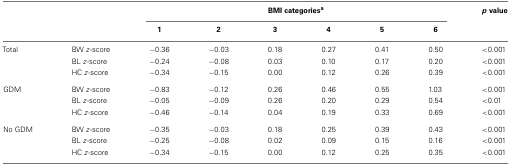
<table><thead><tr><td></td><td></td><td colspan="6"><b>BMI categories<sup>a</sup></b></td><td><b><i>p</i> value</b></td></tr><tr><td></td><td></td><td><b>1</b></td><td><b>2</b></td><td><b>3</b></td><td><b>4</b></td><td><b>5</b></td><td><b>6</b></td><td></td></tr></thead><tbody><tr><td>Total</td><td>BW <i>z</i>-score</td><td>−0.36</td><td>−0.03</td><td>0.18</td><td>0.27</td><td>0.41</td><td>0.50</td><td>&lt;0.001</td></tr><tr><td></td><td>BL <i>z</i>-score</td><td>−0.24</td><td>−0.08</td><td>0.03</td><td>0.10</td><td>0.17</td><td>0.20</td><td>&lt;0.001</td></tr><tr><td></td><td>HC <i>z</i>-score</td><td>−0.34</td><td>−0.15</td><td>0.00</td><td>0.12</td><td>0.26</td><td>0.39</td><td>&lt;0.001</td></tr><tr><td>GDM</td><td>BW <i>z</i>-score</td><td>−0.83</td><td>−0.12</td><td>0.26</td><td>0.46</td><td>0.55</td><td>1.03</td><td>&lt;0.001</td></tr><tr><td></td><td>BL <i>z</i>-score</td><td>−0.05</td><td>−0.09</td><td>0.26</td><td>0.20</td><td>0.29</td><td>0.54</td><td>&lt;0.01</td></tr><tr><td></td><td>HC <i>z</i>-score</td><td>−0.46</td><td>−0.14</td><td>0.04</td><td>0.19</td><td>0.33</td><td>0.69</td><td>&lt;0.001</td></tr><tr><td>No GDM</td><td>BW <i>z</i>-score</td><td>−0.35</td><td>−0.03</td><td>0.18</td><td>0.25</td><td>0.39</td><td>0.43</td><td>&lt;0.001</td></tr><tr><td></td><td>BL <i>z</i>-score</td><td>−0.25</td><td>−0.08</td><td>0.02</td><td>0.09</td><td>0.15</td><td>0.16</td><td>&lt;0.001</td></tr><tr><td></td><td>HC <i>z</i>-score</td><td>−0.34</td><td>−0.15</td><td>0.00</td><td>0.12</td><td>0.25</td><td>0.35</td><td>&lt;0.001</td></tr></tbody></table>